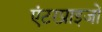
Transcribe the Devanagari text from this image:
एंटरप्राइजों